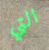
التي